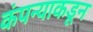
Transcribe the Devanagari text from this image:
कंपन्याकडून